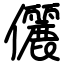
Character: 儷